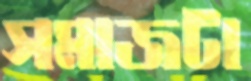
সমাজটা